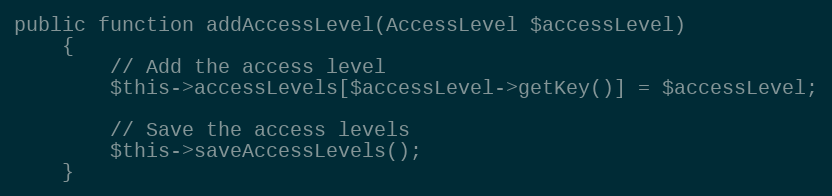
Language: PHP
public function addAccessLevel(AccessLevel $accessLevel)
    {
        // Add the access level
        $this->accessLevels[$accessLevel->getKey()] = $accessLevel;

        // Save the access levels
        $this->saveAccessLevels();
    }